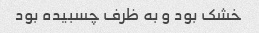
خشک بود و به ظرف چسبیده بود